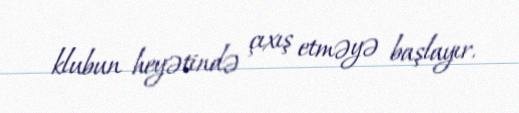
klubun heyətində çıxış etməyə başlayır.